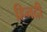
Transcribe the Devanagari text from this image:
हिनदी